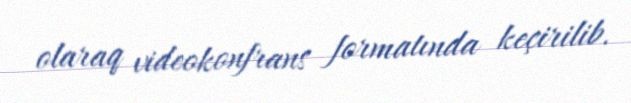
olaraq videokonfrans formatında keçirilib.